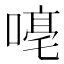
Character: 𪢁